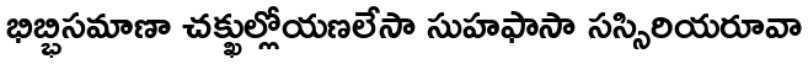
భిబ్భిసమాణా చక్ఖుల్లోయణలేసా సుహఫాసా సస్సిరియరూవా